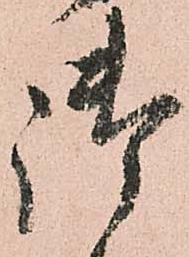
御